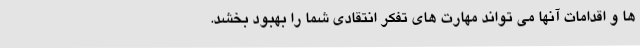
ها و اقدامات آنها می تواند مهارت های تفکر انتقادی شما را بهبود بخشد.